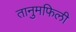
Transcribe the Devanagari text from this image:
तानुमफिली